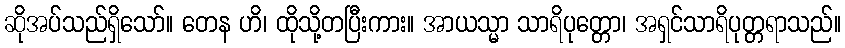
ဆိုအပ်သည်ရှိသော်။ တေန ဟိ၊ ထိုသို့တပြီးကား။ အာယသ္မာ သာရိပုတ္တော၊ အရှင်သာရိပုတ္တရာသည်။